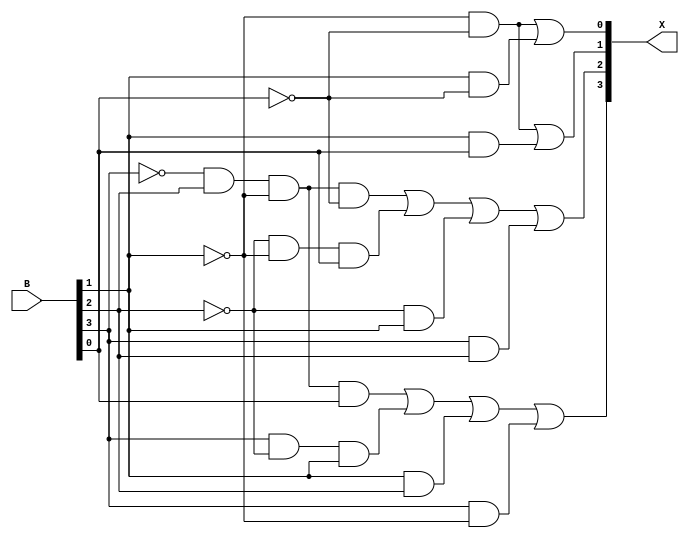
module bcdtoex_3
(input [3:0]B,
output [3:0]X);
not (w1,B[3]);
not (w2,B[2]);
not (w3,B[1]);
not (w4,B[0]);
and (w5,w1,B[2],w3,B[0]);
and (w6,B[3],w2,B[1]);
and (w7,B[1],B[2]);
and (w8,B[3],w3);
or (X[3],w5,w6,w7,w8);
and (w9,w1,B[2],w3,w4);
and (w10,w2,w3,B[0]);
and (w11,w2,B[1]);
and (w12,B[3],B[2]);
or (X[2],w9,w10,w11,w12);
and (w13,w3,w4);
and (w14,B[1],B[0]);
or (X[1],w13,w14);
and (w15,B[1],w4);
or (X[0],w13,w15);

endmodule